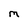
Character: M